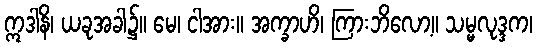
ဣဒါနိ၊ ယခုအခါ၌။ မေ၊ ငါအား။ အက္ခာဟိ၊ ကြားဘိလော့။ သမ္မလုဒ္ဒက၊